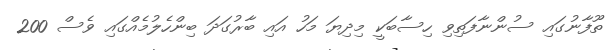
ތޫފާނުގައި ސުންނާފަތިވި ހިސާބަކީ މިދިޔަ މަހު އައި ބާރުގަދަ ބިންހެލުމެއްގައި ވެސް 200